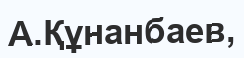
А.Құнанбаев,